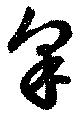
皐